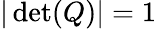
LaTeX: |\operatorname*{det}(Q)|=1